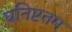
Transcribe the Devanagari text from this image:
घनिष्टतम